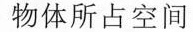
物体所占空间